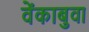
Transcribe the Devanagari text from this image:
वेंकाबुवा